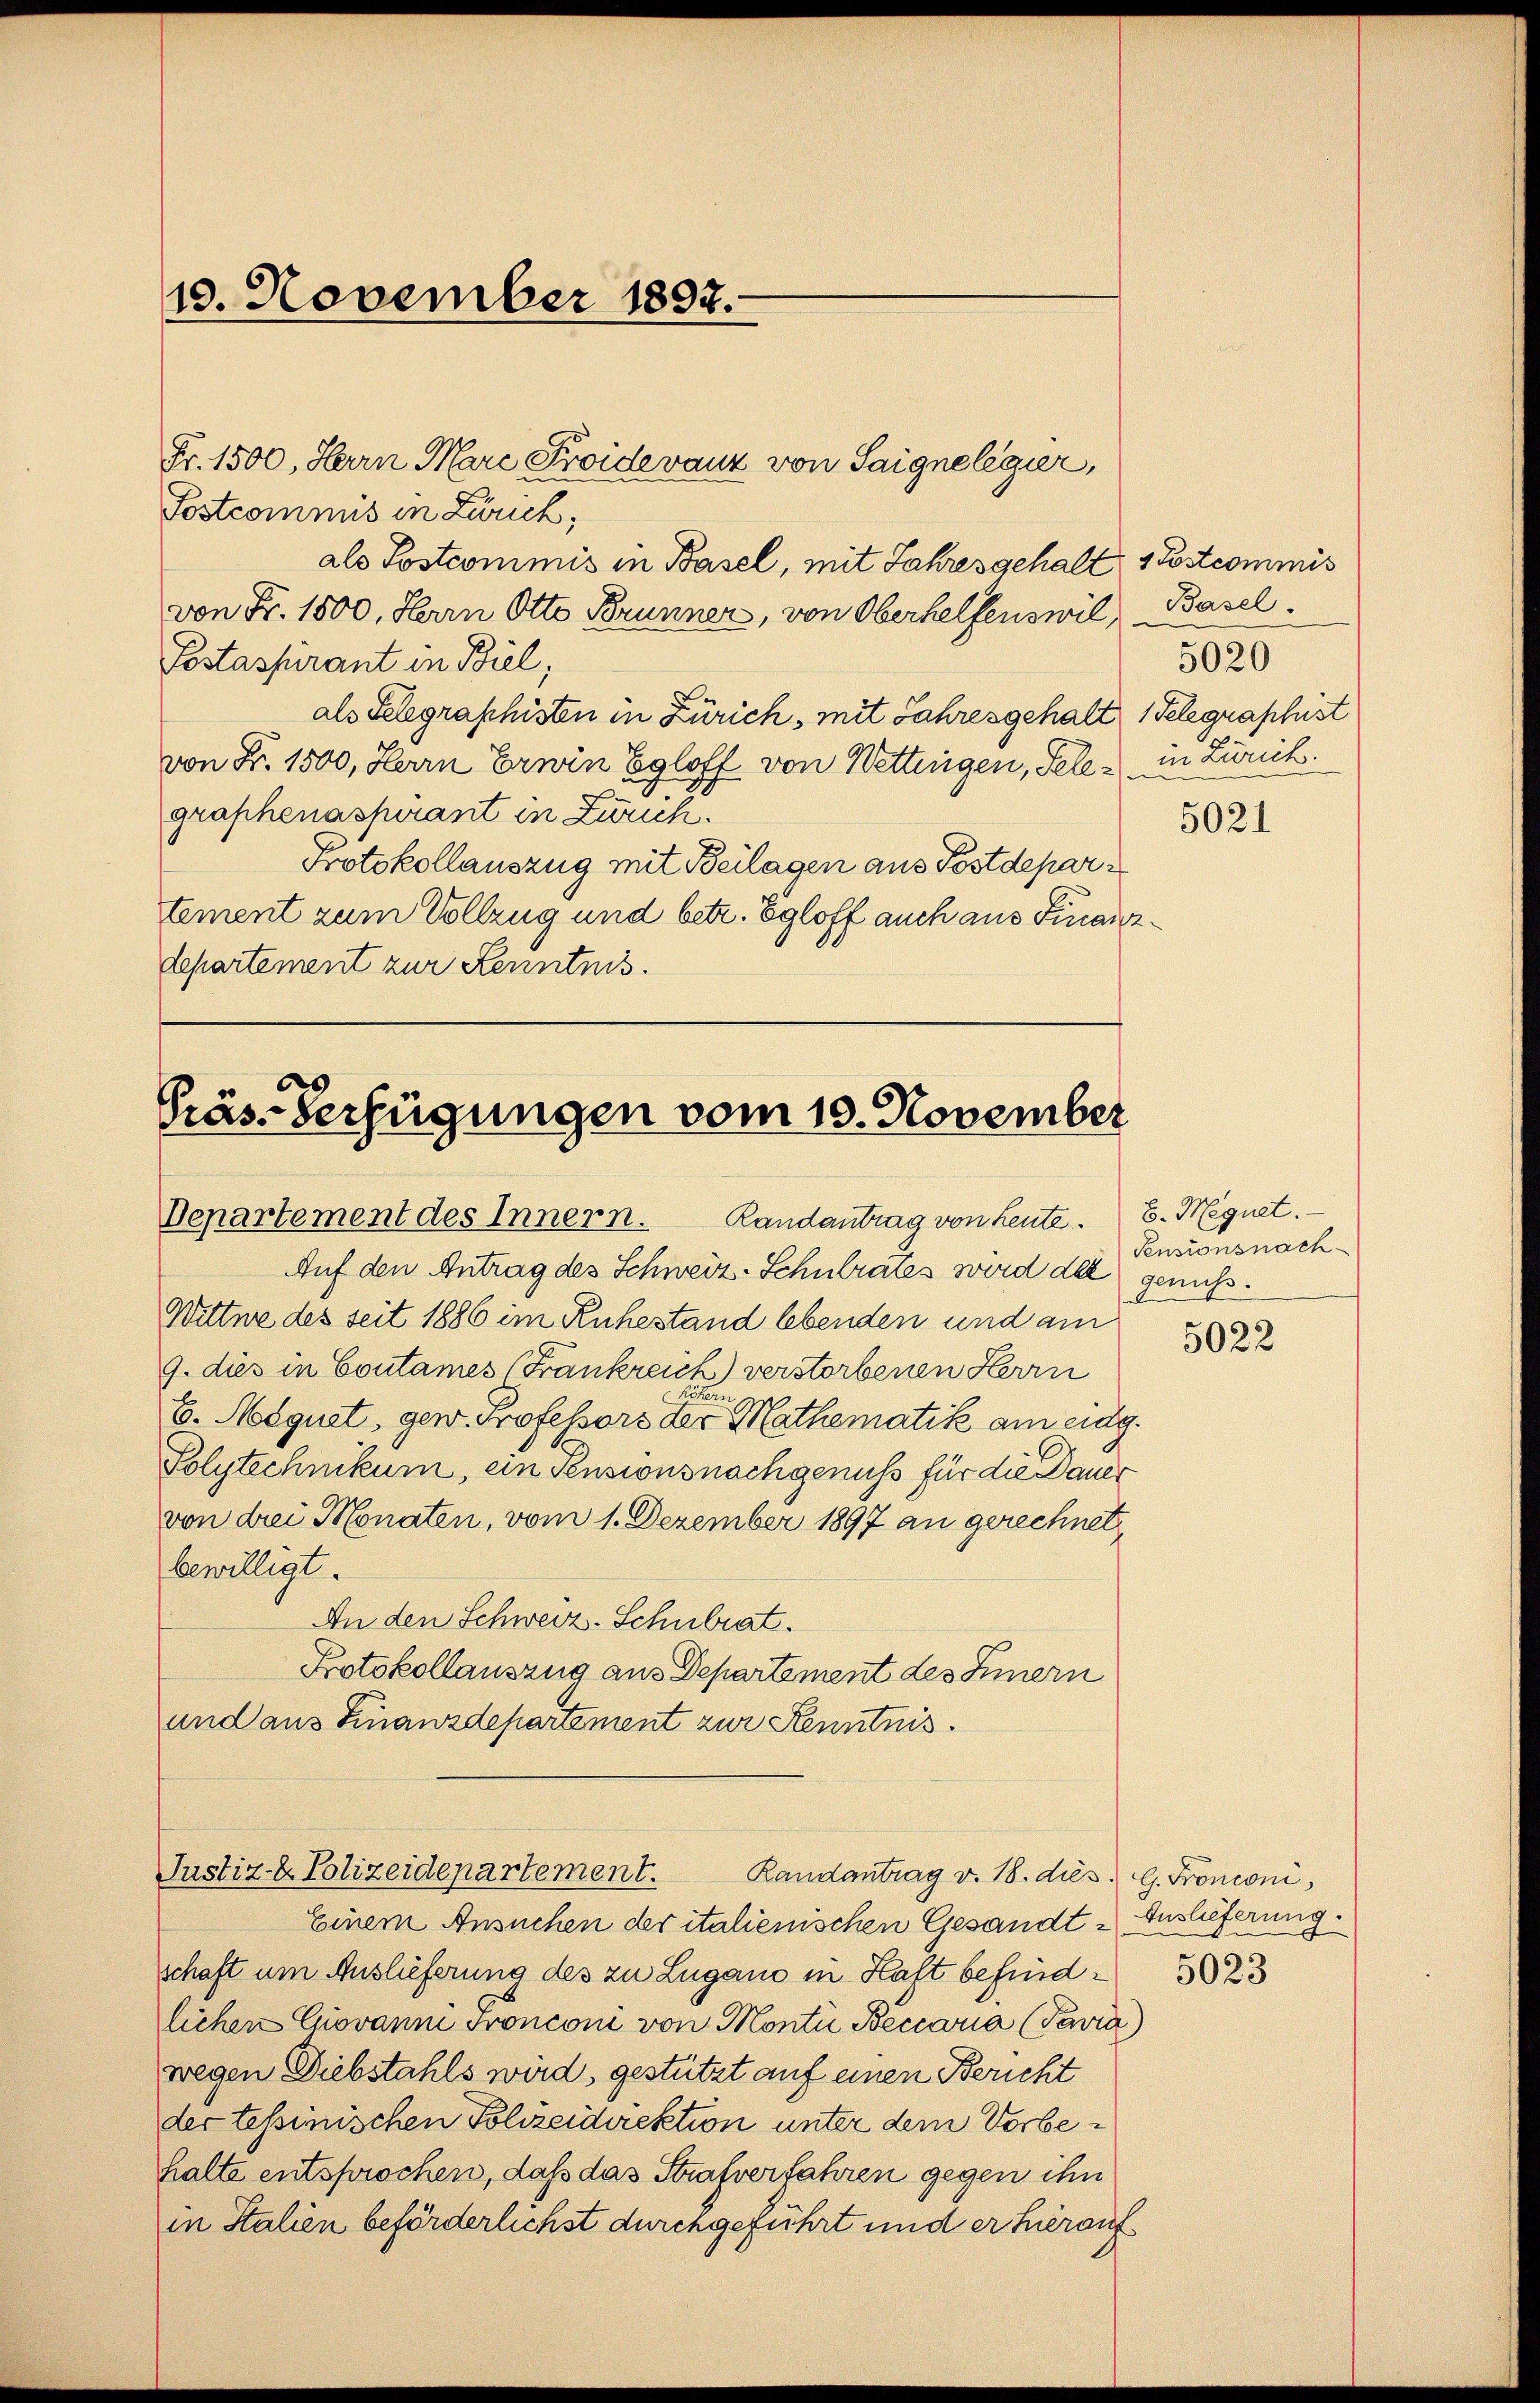
10. November 1897.

Fr. 1500, Herrn Marc Proidevanz von Saigne legier,
Postcommis in Zürich;
als Postcommis in Basel, mit Jahresgehalt, 1 Postcommis
von Fr. 1500, Herrn Otto Brunner, von Oberhelfenswil, Basel
Pestassurant in Biel,
Du
als Telegraphisten in Zürich, mit Jahresgehalt 1 Telegraphist
von Fr. 1500, Herrn Erwin Egloff von Wettingen, Tele in Zürich.
graphenaspirant in Zürich.
Protokollauszug mit Beilagen aus Postdepartement zum Vollzug und betr. Egloff auch aus Finanzdepartement zur Kenntnis.

Präs-Verfügungen vom 10. November
Departement des Innern. Randantrag von Leute. E. Megnet.

Justiz- & Polizeidepartement.
Randantrag v. 18. dies G. Fronconi,

5020
5021

Auf den Antrag des Schweiz. Schulrates wird del genuß.
Wittwe des seit 1886 im Ruhestand lebenden und am
9. dies in Coutames (Frankreich) verstorbenen Herrn
b. Mequat, gew. Professors der Mathematik am mag.
Polytechnikum, ein sensionsnachgenuss für die Dauer
von drei Monaten, vom 1. Dezember 1897 an gerechnet
bewilligt.
An den Schwerz-Schulrat.
Protokollauszug aus Departement des Innern
und aus Finanzdepartement zur Kenntnis.

Einem Ansuchen der italienischen Gesandt & Auslieferung.
schaft um Auslieferung des zu Lugano in Haft befindlichen Giovann Fronconi von Monti Beccaria (Pavia)
wegen Diebstahls wird, gestützt auf einen Bericht
der tessinischen Polizeidirektion unter dem Vorbehalte entsprochen, daß das Strafverfahren gegen ihn
in Italien beförderlichst durchgeführt und er hierauf

Pensionsnach

5022

5023